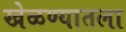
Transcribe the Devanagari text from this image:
खेळण्यातला